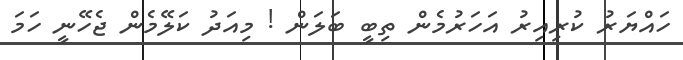
ހައްޔަރު ކުރިއިރު އަހަރުމެން ތިބީ ބަލަން ! މިއަދު ކަލޭމެން ޖެހޭނީ ހަމަ